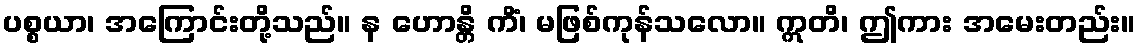
ပစ္စယာ၊ အကြောင်းတို့သည်။ န ဟောန္တိ ကိံ၊ မဖြစ်ကုန်သလော။ ဣတိ၊ ဤကား အမေးတည်း။